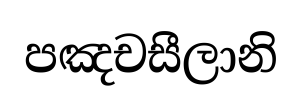
පඤචසීලානි